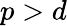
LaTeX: p>d